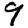
Digit: 9